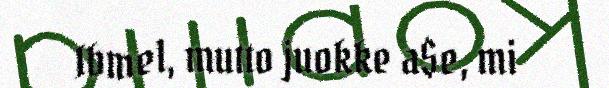
Ibmel, mutto juokke a$e, mi